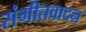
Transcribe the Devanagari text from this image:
संगीतवादन